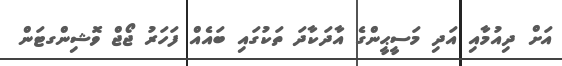
އަށް ދިއުމާއި އަދި މަސީޙީންގެ އާދަކާދަ ތަކުގައި ބައެއް ފަހަރު ޖޯޖް ވޮޝިންގޓަން